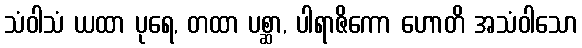
သံဝါသံ ယထာ ပုရေ, တထာ ပစ္ဆာ, ပါရာဇိကော ဟောတိ အသံဝါသော